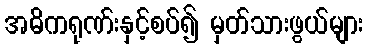
အဓိကရုဏ်းနှင့်စပ်၍ မှတ်သားဖွယ်များ